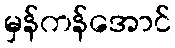
မှန်ကန်အောင်